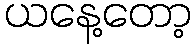
ယနေ့တော့